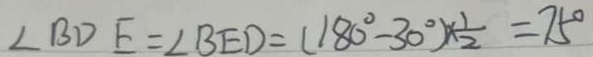
\angle B D E = \angle B E D = ( 1 8 0 ^ { \circ } - 3 0 ^ { \circ } ) \times \frac { 1 } { 2 } = 7 5 ^ { \circ }